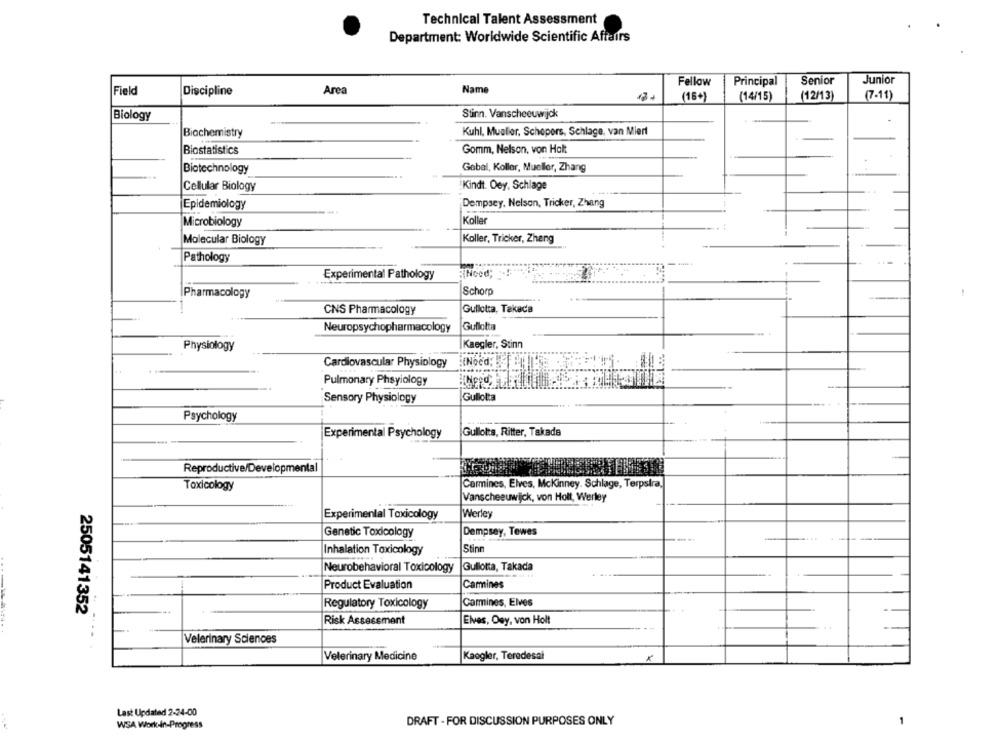
Technical Talent Assessment
Department: Worldwide Scientific Affairs
Fellow
Principal
Senior
Junior
Area
Name
Field
Discipline
(16+)
(12/13)
(7-11)
(14/15)
Biology
Stinn. Vanscheeuwijck
Biochemistry
Kuhl, Mueller, Schepers, Schlage, van Miert
Gomm, Nelson, von Halt
Biostatistics
Biotechnology
Gobal, Koller, Mueller, Zhang
Kindt. Dey, Schlage
Cellular Biology
Epidemiology
Dempsey, Nelson, Tricker, Zhang
Microbiology
Koller
Molecular Biology
Koller, Tricker, Zheng
Pathology
Noed;
Experimental Pathology
Pharmacology
Schorp
-
CNS Pharmacology
Gullotta, Takada
Gullolta
Neuropsychopharmacology
Physiology
Kaegler, Stinn
Cardiovascular Physiology
.(Nocd;
Pulmonary Phsyiology
Sensory Physiology
Gullotta
Psychology
Experimental Psychology
Gullotta, Ritter, Takada
Reproductive/Developmental
Toxicology
Carmines, Elves, Mckinney. Schlage, Terpstra,
Vanscheeuwijck, von Holt, Werley
Experimental Toxicology
Werley
Genetic Toxicology
Dempsey, Tewes
Stinn
Inhalation Toxicology
Neurobehavioral Toxicology
Gullotta, Takada
Product Evaluation
Cammines
Regulatory Toxicology
Carmines, Elves
2505141352
Risk Assessment
Elves, Osy, von Holt
. .
Velerinary Sciences
Veterinary Medicine
Kaogler, Teredesal
Last Updated 2-24-00
WSA Work-in-Progress
DRAFT - FOR DISCUSSION PURPOSES ONLY